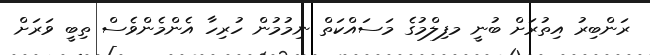
ރަންބިރު އިތުރަށް ބުނީ މފިލްމުގެ މަސައްކަތް ނިމުމުން ހުރިހާ އެންމެންވެސް ތިބީ ވަރަށް